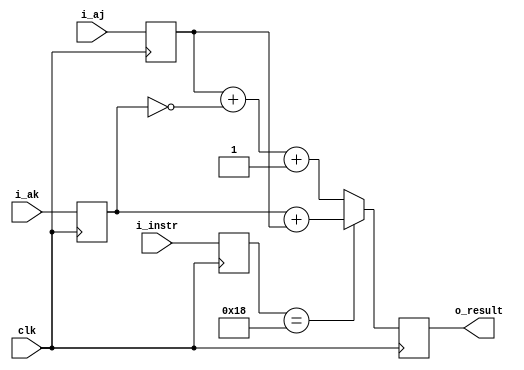
module addr_add(i_ak,i_aj,i_instr,clk,o_result);

input wire [23:0] i_ak;       
input wire [23:0] i_aj;            

output reg [23:0] o_result;
input wire clk;
input wire [6:0] i_instr;

reg [23:0] ak, aj;
reg [6:0] instr;
//now compute the result   
always@(posedge clk) begin 
   ak <= i_ak;
   aj <= i_aj;
   instr <= i_instr;
   o_result[23:0] <= (instr[6:0]==7'b0011000) ? (ak[23:0] + aj[23:0]) : (aj[23:0] + ~ak[23:0] + 24'h000001); 
end

endmodule